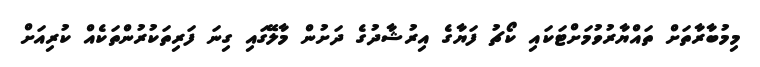
މިމުބާރާތަށް ތައްޔާރުވުމަށްޓަކައި ކޯޗު ފަޔާގެ އިރުޝާދުގެ ދަށުން މާލޭގައި ގިނަ ފަރިތަކުރުންތަކެއް ކުރިއަށް